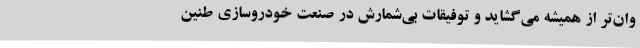
وان‌تر از همیشه می‌گشاید و توفیقات بی‌شمارش در صنعت خودروسازی طنین